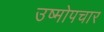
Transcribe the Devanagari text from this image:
उष्मोपचार